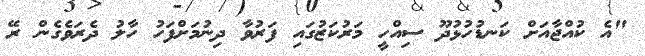
"އެ ކުއްޖާއަށް ކަނޑުހުޅުދޫ ސިއްހީ މަރުކަޒުގައި ފަރުވާ ދިނުމަށްފަހު ހާލު ދެރަވެގެން ރޭ